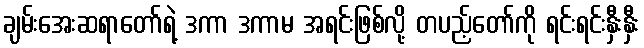
ချမ်းအေးဆရာတော်ရဲ့ ဒကာ ဒကာမ အရင်းဖြစ်လို့ တပည့်တော်ကို ရင်းရင်းနှီးနှီး